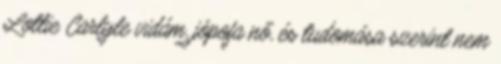
Lottie Carlyle vidám, jópofa nő, és tudomása szerint nem